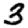
Digit: 3